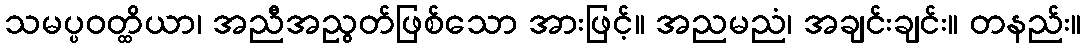
သမပ္ပဝတ္ထိယာ၊ အညီအညွတ်ဖြစ်သော အားဖြင့်။ အညမညံ၊ အချင်းချင်း။ တနည်း။